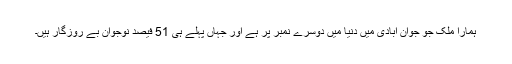
ہمارا ملک جو جوان آبادی میں دنیا میں دوسرے نمبر پر ہے اور جہاں پہلے ہی 51 فیصد نوجوان بے روزگار ہیں۔